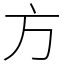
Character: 方